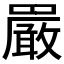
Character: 𫝝